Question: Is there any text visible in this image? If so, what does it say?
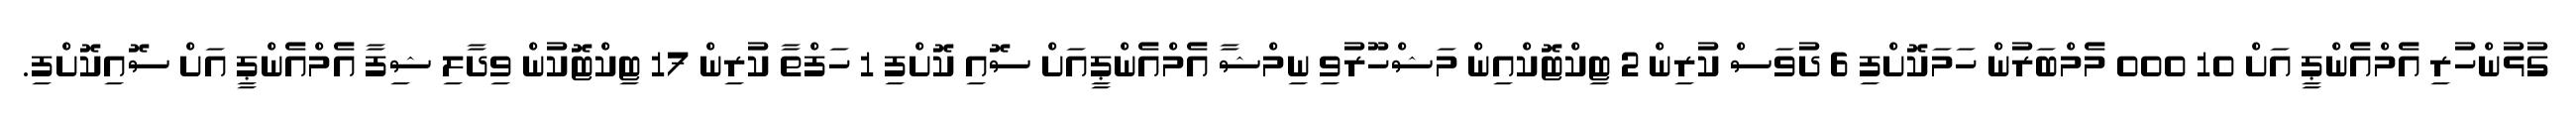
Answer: ގުޅުންހުރި އެމްއެންޕީ އަށް 10 000 މެމްބަރުން ހަމަކޮށްފި 6 ދުވަސް ކުރިން 2 ޓިކްޓޮކްއިން މަޝްހޫރުވި ނިމްޝާ އެމްއެންޕީއަށް ސޮއި ކޮށްފި 1 ހަފްތާ ކުރިން 17 ޓިކްޓޮކުން ވިދާލި ޝިފާ އެމްއެންޕީ އަށް ސޮއިކޮށްފި.